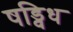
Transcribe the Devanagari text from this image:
षड्विध